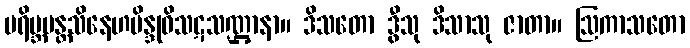
ပရိဗ္ဘမန္တသိနေဟဗိန္ဒုဝိသဋသဏ္ဌာနာ။ ဒိသတော ဒွီသု ဒိသာသု ဇာတာ။ ဩကာသတော